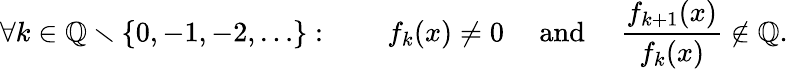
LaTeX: \forall k\in\mathbb{Q}\smallsetminus\{ 0,-1,-2,\ldots\} :\qquad f_{k}(x)\neq 0\quad{\mathrm{~and~}}\quad{\frac{f_{k+1}(x)}{f_{k}(x)}}\notin\mathbb{Q}.